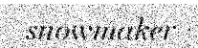
snowmaker